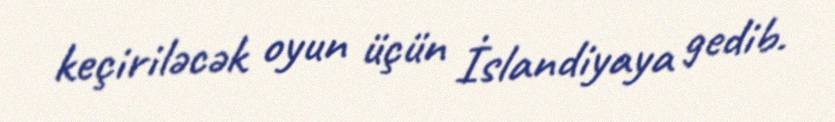
keçiriləcək oyun üçün İslandiyaya gedib.